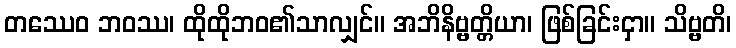
တဿေဝ ဘဝဿ၊ ထိုထိုဘဝ၏သာလျှင်။ အဘိနိဗ္ဗတ္တိယာ၊ ဖြစ်ခြင်းငှာ။ သိဗ္ဗတိ၊